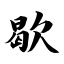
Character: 歇